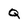
Character: Q